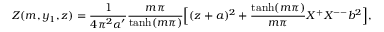
Z ( m , y _ { 1 } , z ) = \frac { 1 } { 4 \pi ^ { 2 } \alpha ^ { \prime } } \frac { m \pi } { \operatorname { t a n h } ( m \pi ) } \Bigl [ ( z + a ) ^ { 2 } + \frac { \operatorname { t a n h } ( m \pi ) } { m \pi } X ^ { + } X ^ { -- } b ^ { 2 } \Bigr ] ,